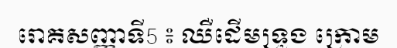
រោគសញ្ញាទី5 ៖ ឈឺដើមទ្រូង ក្រោម